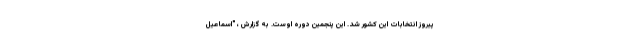
پیروز انتخابات این کشور شد. این پنجمین دوره اوست. به گزارش ، "اسماعیل